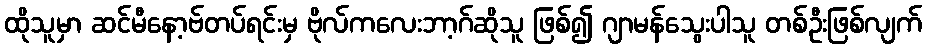
ထိုသူမှာ ဆင်မီနော့ဗ်တပ်ရင်းမှ ဗိုလ်ကလေးဘာ့ဂ်ဆိုသူ ဖြစ်၍ ဂျာမန်သွေးပါသူ တစ်ဦးဖြစ်လျက်